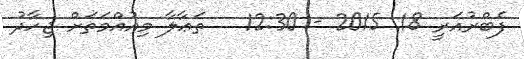
ފެބްރުއަރީ 18